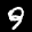
Label: 9